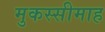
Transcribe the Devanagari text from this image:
मुकस्सीमाह